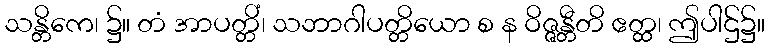
သန္တိကေ၊ ၌။ တံ အာပတ္တိံ၊ သဘာဂါပတ္တိယော စ န ဝိဇ္ဇန္တီတိ ဧတ္ထ၊ ဤပါဌ်၌။